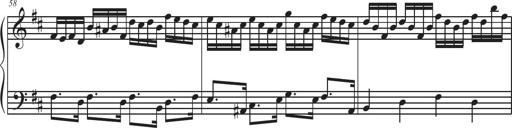
Title: Sonatina Espania
Composer: Jerald Franklin Archer
Key: Various